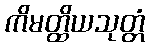
ကိမတ္ထိယသုတ္တံ